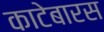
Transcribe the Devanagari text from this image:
काटेबारस